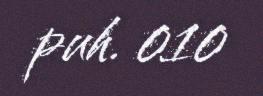
puh. 010